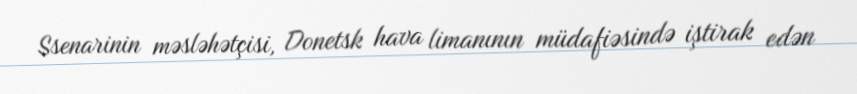
Ssenarinin məsləhətçisi, Donetsk hava limanının müdafiəsində iştirak edən